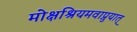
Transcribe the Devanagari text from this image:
मोक्षश्रियमवाप्नुयात्